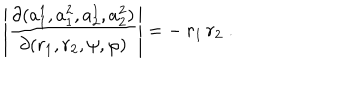
LaTeX: \left| \frac { \partial ( a _ { 1 } ^ { 1 } , a _ { 1 } ^ { 2 } , a _ { 2 } ^ { 1 } , a _ { 2 } ^ { 2 } ) } { \partial ( r _ { 1 } , r _ { 2 } , \psi , \varphi ) } \right| = - \: r _ { 1 } \, r _ { 2 } \; .